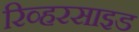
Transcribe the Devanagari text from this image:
रिव्हरसाइड